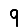
Digit: 9